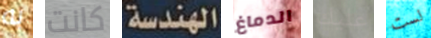
به كانت الهندسة الدماغ عليك لست